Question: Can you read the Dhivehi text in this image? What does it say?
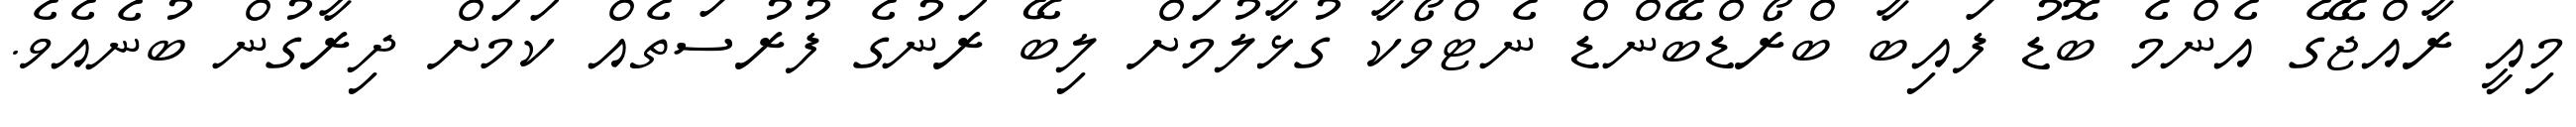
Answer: މިއީ ރާއްޖޭގެ އެންމެ ބޮޑު ފައިބާ ބްރޯޑްބޭންޑް ނެޓްވޯކާ ގުޅާލުމަށް ލިބޭ ރަނުގެ ފުރުސަތެއް ކަމަށް ދިރާގުން ބުނެއެވެ.